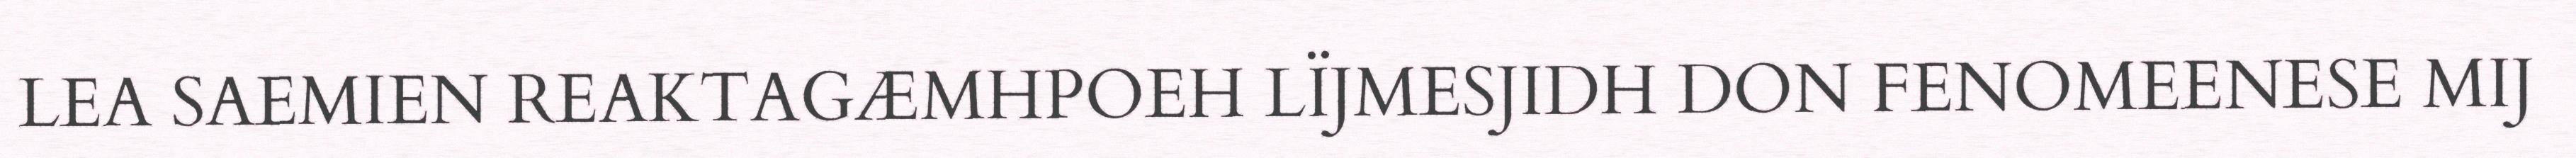
LEA SAEMIEN REAKTAGÆMHPOEH LÏJMESJIDH DON FENOMEENESE MIJ